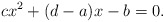
\begin{align*}cx^2+(d-a)x-b=0.\end{align*}